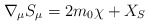
\begin{align*}\nabla_{\mu} S_{\mu} = 2 m_0 \chi + X_S\end{align*}